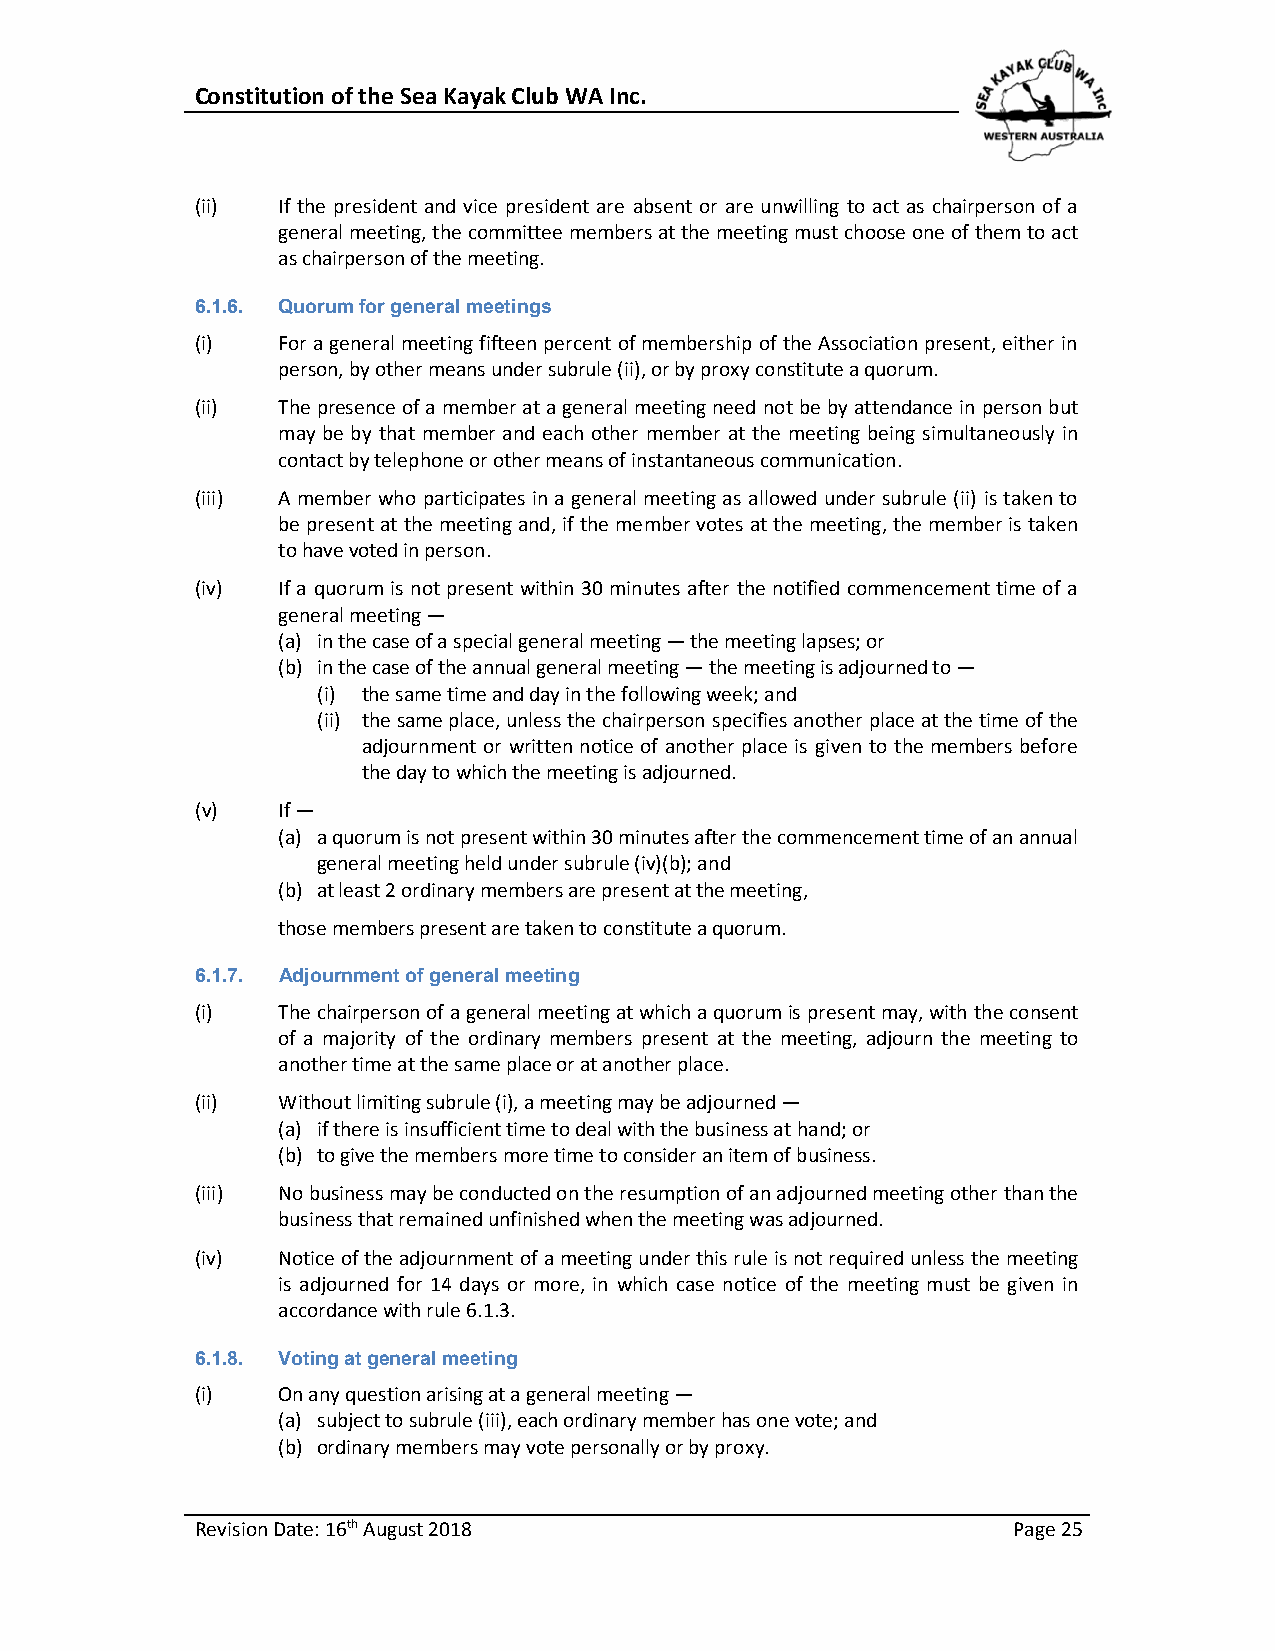
Constitution of the Sea Kayak Club WA Inc.
 (ii) If the president and vice president are absent or are unwilling to act as chairperson of a
 general meeting, the committee members at the meeting must choose one of them to act
 as chairperson of the meeting.
 6.1.6. Quorum for general meetings
 (i)  For a general meeting fifteen percent of membership of the Association present, either in
 person, by other means under subrule (ii), or by proxy constitute a quorum.
 (ii) The presence of a member at a general meeting need not be by attendance in person but
 may be by that member and each other member at the meeting being simultaneously in
 contact by telephone or other means of instantaneous communication.
 (iii) A member who participates in a general meeting as allowed under subrule (ii) is taken to
 be present at the meeting and, if the member votes at the meeting, the member is taken
 to have voted in person.
 (iv) If a quorum is not present within 30 minutes after the notified commencement time of a
 general meeting —
 (a) in the case of a special general meeting — the meeting lapses; or
 (b) in the case of the annual general meeting — the meeting is adjourned to —
 (i) the same time and day in the following week; and
 (ii) the same place, unless the chairperson specifies another place at the time of the
 adjournment or written notice of another place is given to the members before
 the day to which the meeting is adjourned.
 (v)  If —
 (a) a quorum is not present within 30 minutes after the commencement time of an annual
 general meeting held under subrule (iv)(b); and
 (b) at least 2 ordinary members are present at the meeting,
 those members present are taken to constitute a quorum.
 6.1.7. Adjournment of general meeting
 (i)  The chairperson of a general meeting at which a quorum is present may, with the consent
 of a majority of the ordinary members present at the meeting, adjourn the meeting to
 another time at the same place or at another place.
 (ii) Without limiting subrule (i), a meeting may be adjourned —
 (a) if there is insufficient time to deal with the business at hand; or
 (b) to give the members more time to consider an item of business.
 (iii) No business may be conducted on the resumption of an adjourned meeting other than the
 business that remained unfinished when the meeting was adjourned.
 (iv) Notice of the adjournment of a meeting under this rule is not required unless the meeting
 is adjourned for 14 days or more, in which case notice of the meeting must be given in
 accordance with rule 6.1.3.
 6.1.8. Voting at general meeting
 (i)  On any question arising at a general meeting —
 (a) subject to subrule (iii), each ordinary member has one vote; and
 (b) ordinary members may vote personally or by proxy.
 Revision Date: 16th August 2018                       Page 25